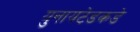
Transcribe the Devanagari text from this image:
युनायटेडकडे